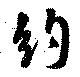
約